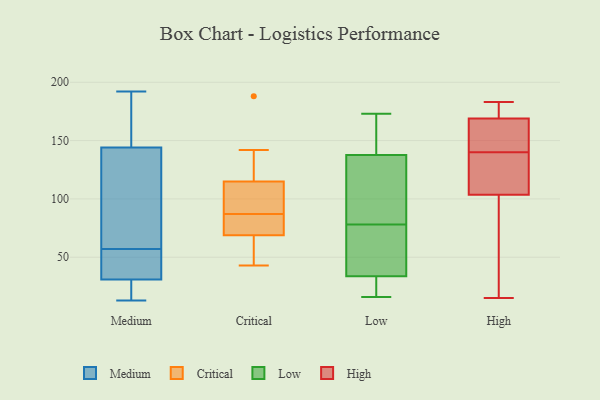
{"axis": {"x": "Bounce Rate (%)", "y": "Value"}, "legend": ["Critical", "High", "Low", "Medium"], "data": [{"x": "", "y": 45, "type": "Medium"}, {"x": "", "y": 186, "type": "Medium"}, {"x": "", "y": 28, "type": "Medium"}, {"x": "", "y": 132, "type": "Medium"}, {"x": "", "y": 192, "type": "Medium"}, {"x": "", "y": 28, "type": "Medium"}, {"x": "", "y": 40, "type": "Medium"}, {"x": "", "y": 191, "type": "Medium"}, {"x": "", "y": 17, "type": "Medium"}, {"x": "", "y": 60, "type": "Medium"}, {"x": "", "y": 15, "type": "Medium"}, {"x": "", "y": 57, "type": "Medium"}, {"x": "", "y": 54, "type": "Medium"}, {"x": "", "y": 13, "type": "Medium"}, {"x": "", "y": 75, "type": "Medium"}, {"x": "", "y": 46, "type": "Medium"}, {"x": "", "y": 175, "type": "Medium"}, {"x": "", "y": 148, "type": "Medium"}, {"x": "", "y": 99, "type": "Medium"}, {"x": "", "y": 74, "type": "Critical"}, {"x": "", "y": 188, "type": "Critical"}, {"x": "", "y": 67, "type": "Critical"}, {"x": "", "y": 85, "type": "Critical"}, {"x": "", "y": 134, "type": "Critical"}, {"x": "", "y": 106, "type": "Critical"}, {"x": "", "y": 92, "type": "Critical"}, {"x": "", "y": 118, "type": "Critical"}, {"x": "", "y": 52, "type": "Critical"}, {"x": "", "y": 142, "type": "Critical"}, {"x": "", "y": 87, "type": "Critical"}, {"x": "", "y": 61, "type": "Critical"}, {"x": "", "y": 63, "type": "Critical"}, {"x": "", "y": 142, "type": "Critical"}, {"x": "", "y": 90, "type": "Critical"}, {"x": "", "y": 43, "type": "Critical"}, {"x": "", "y": 80, "type": "Critical"}, {"x": "", "y": 87, "type": "Critical"}, {"x": "", "y": 84, "type": "Critical"}, {"x": "", "y": 83, "type": "Low"}, {"x": "", "y": 22, "type": "Low"}, {"x": "", "y": 78, "type": "Low"}, {"x": "", "y": 135, "type": "Low"}, {"x": "", "y": 16, "type": "Low"}, {"x": "", "y": 36, "type": "Low"}, {"x": "", "y": 151, "type": "Low"}, {"x": "", "y": 68, "type": "Low"}, {"x": "", "y": 128, "type": "Low"}, {"x": "", "y": 113, "type": "Low"}, {"x": "", "y": 173, "type": "Low"}, {"x": "", "y": 146, "type": "Low"}, {"x": "", "y": 154, "type": "Low"}, {"x": "", "y": 44, "type": "Low"}, {"x": "", "y": 70, "type": "Low"}, {"x": "", "y": 21, "type": "Low"}, {"x": "", "y": 27, "type": "Low"}, {"x": "", "y": 131, "type": "High"}, {"x": "", "y": 97, "type": "High"}, {"x": "", "y": 152, "type": "High"}, {"x": "", "y": 15, "type": "High"}, {"x": "", "y": 183, "type": "High"}, {"x": "", "y": 37, "type": "High"}, {"x": "", "y": 130, "type": "High"}, {"x": "", "y": 175, "type": "High"}, {"x": "", "y": 180, "type": "High"}, {"x": "", "y": 149, "type": "High"}, {"x": "", "y": 110, "type": "High"}, {"x": "", "y": 163, "type": "High"}]}